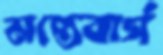
মন্তেবার্গ